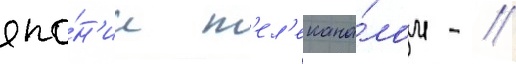
япо́н'ии т'ел'екана́лом - //